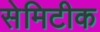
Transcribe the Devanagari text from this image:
सेमिटीक